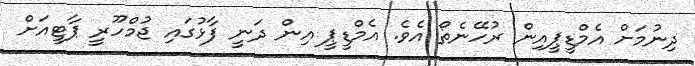
ދިނުމަށް އެމްޑީޕީއިން ރުހޭނެތޯ އެވެ. އެމްޑީޕީ އިން ދަނީ ފާޅުގައި ޖުމްހޫރީ ޕާޓީއަށް